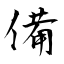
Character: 備